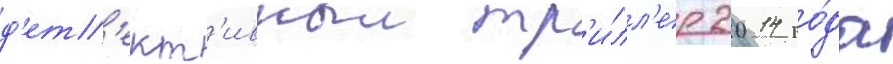
д'ет'ект'ивныи тр'и́лл'ер 2014 го́да